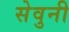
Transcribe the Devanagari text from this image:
सेवुनी